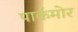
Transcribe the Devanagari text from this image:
पार्कमोर